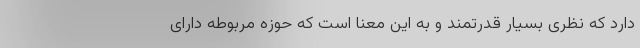
دارد که نظری بسیار قدرتمند و به این معنا است که حوزه مربوطه دارای